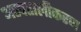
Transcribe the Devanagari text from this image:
अस्पतालीकरण